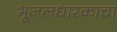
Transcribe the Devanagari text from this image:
भूजलधारकाचा